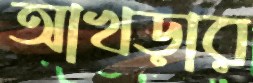
আখড়ার